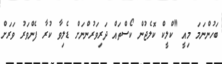
ބަހުންނަމަ މިއީ "ކްލީކް ކޮލެޖުން ކޯސްތައް ދަރިވަރުންނަށް ޑެލިވާ ކުރާ ފެންވަރު ވަރަށް